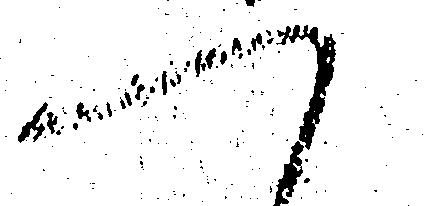
へ